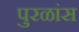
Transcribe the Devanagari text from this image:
पुरळांस